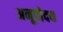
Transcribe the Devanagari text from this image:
अनूपोदय